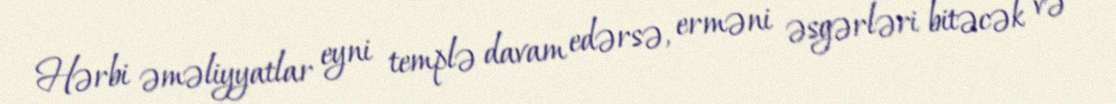
Hərbi əməliyyatlar eyni templə davam edərsə, erməni əsgərləri bitəcək və